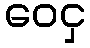
ဝေငှ